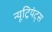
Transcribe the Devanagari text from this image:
न्यूट्रियंट्स